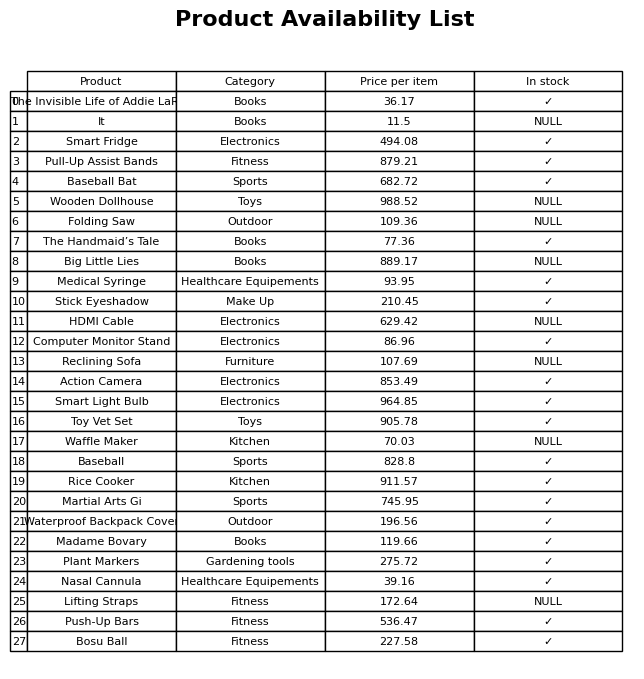
question: What is the price for Smart Light Bulb?
answer: The price of Smart Light Bulb is 964.85.